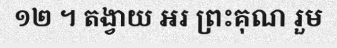
១២ ។ តង្វាយ អរ ព្រះគុណ រួម